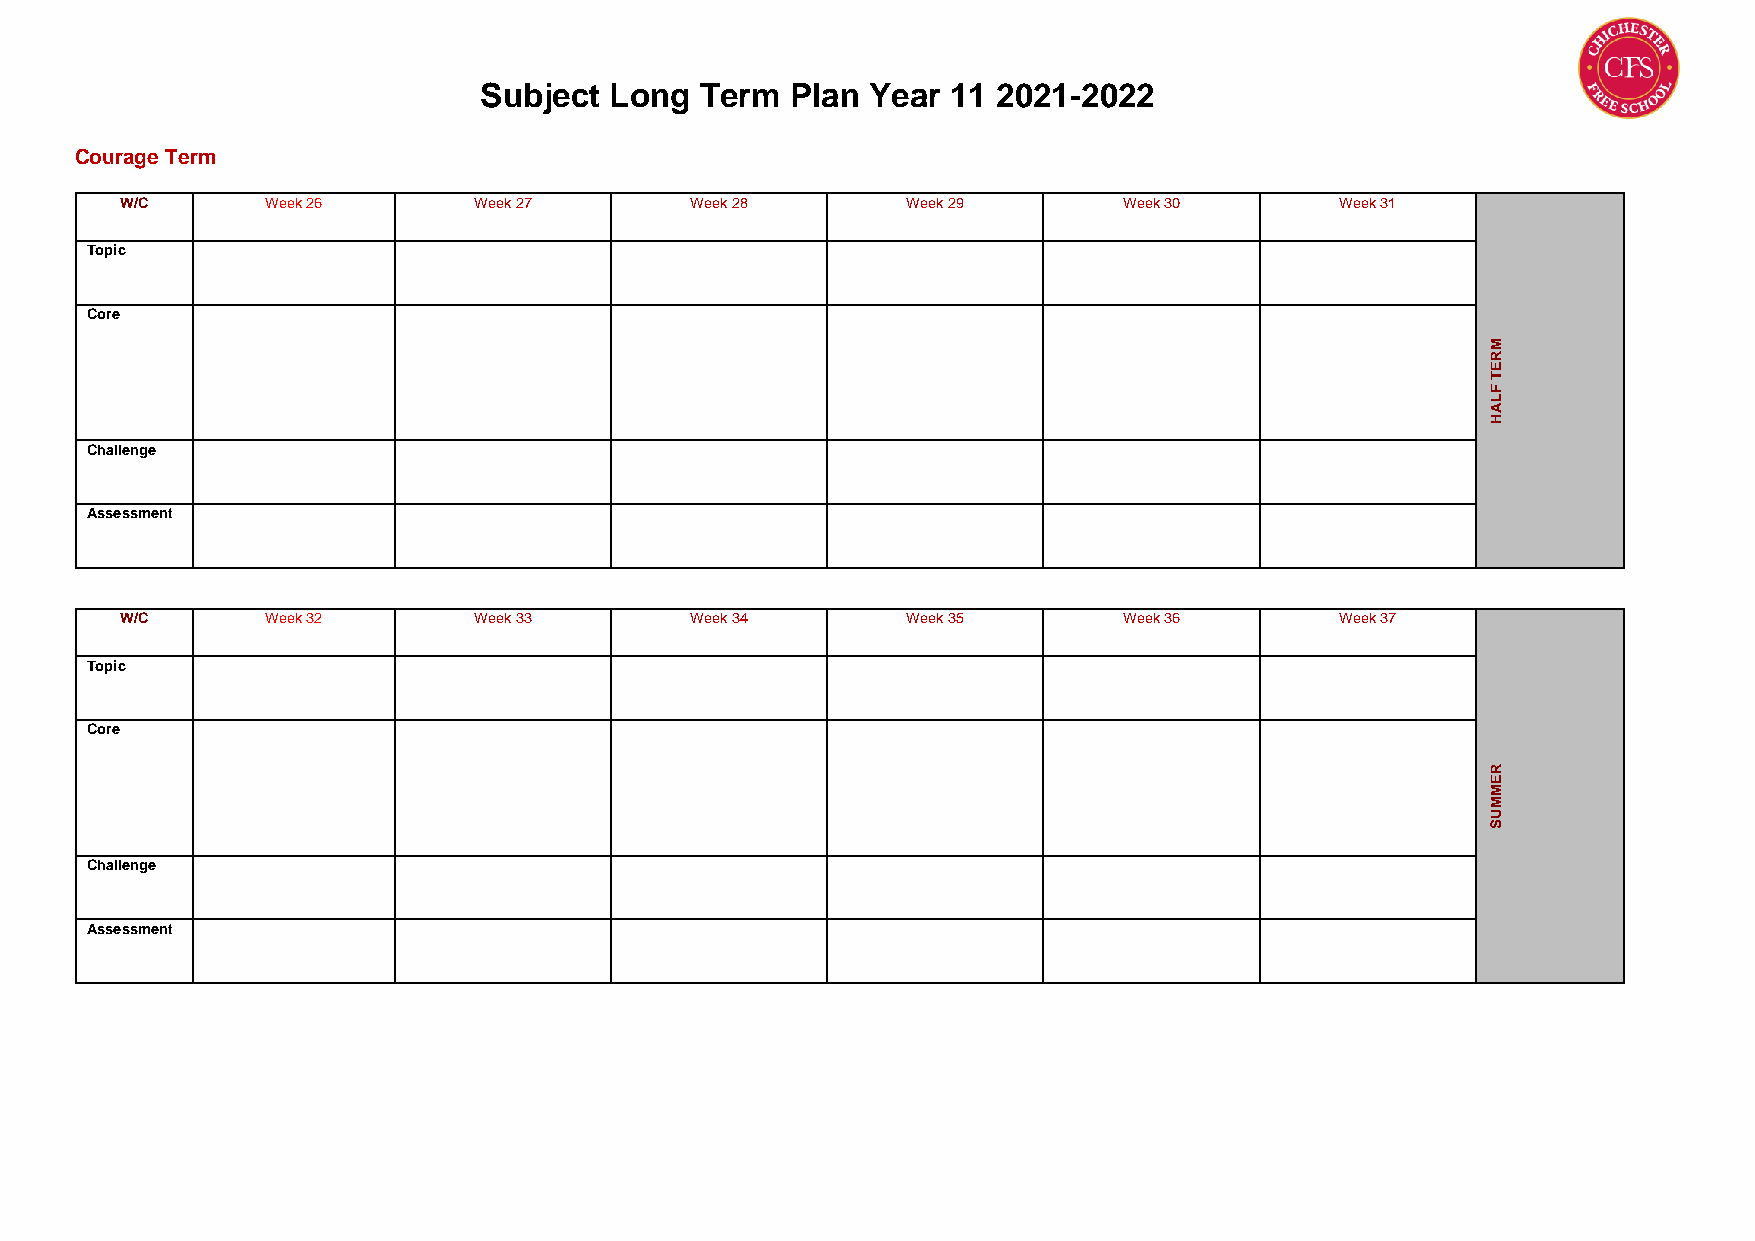
Subject Long  Term  Plan  Year 11 2021-2022
 Courage Term
 W/C       Week 26      Week 27        Week 28       Week 29       Week 30        Week 31
 Topic
 Core
 M
 R
 E
 T
 F
 L
 A
 H
 Challenge
 Assessment
 W/C       Week 32      Week 33        Week 34       Week 35       Week 36        Week 37
 Topic
 Core
 R
 E
 M
 M
 U
 S
 Challenge
 Assessment